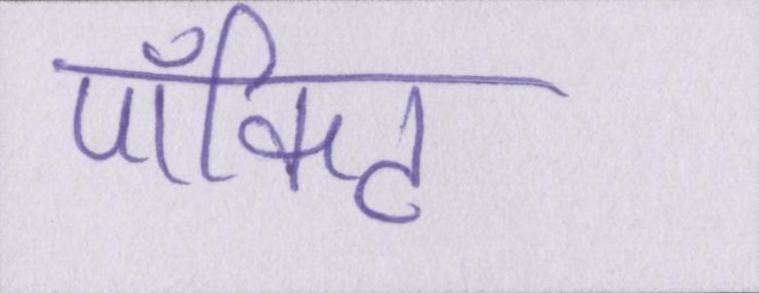
पॉकिट